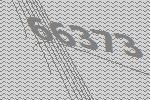
66373